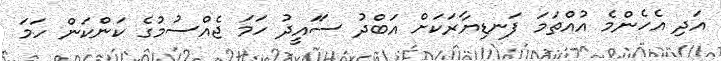
އަދި އެހެންމެ އުއްތަމަ ފަނޑިޔާރަކަށް އަބްދު ސަައީދު ހަމަ ޖެއްސުމުގެ ކަންކަން ހަމަ